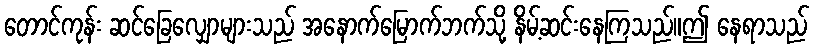
တောင်ကုန်း ဆင်ခြေလျှောများသည် အနောက်မြောက်ဘက်သို့ နိမ့်ဆင်းနေကြသည်။ဤ နေရာသည်